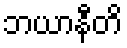
ဘယာနီတိ